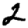
Digit: 2